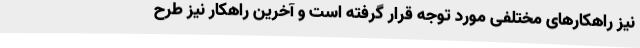
نیز راهکارهای مختلفی مورد توجه قرار گرفته است و آخرین راهکار نیز طرح